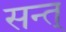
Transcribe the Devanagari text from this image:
सन्त्